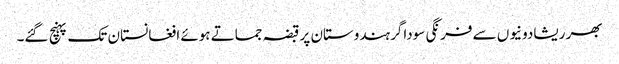
بھر ریشادونیوں سے فرنگی سوداگر ہندوستان پر قبضہ جماتے ہوئے افغانستان تک پہنچ گئے۔